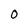
Character: O